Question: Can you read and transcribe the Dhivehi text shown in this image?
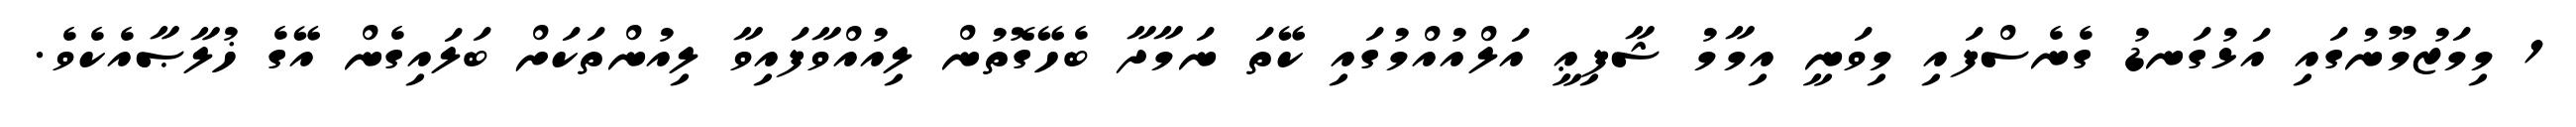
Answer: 1 މިމަޒުމޫނުގައި އަޅުގަނޑު ގެނެސްފައި މިވަނީ އިމާމު ޝާފިޢީ އަލްއުއްމުގައި ކޭތަ ނަމާދާ ބެހޭގޮތުން ލިއުއްވާފައިވާ ލިއުންތަކަށް ބަލައިގެން އޭގެ ޚުލާޞާއެކެވެ.